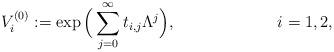
LaTeX: \begin{align*}V_i^{(0)}&:=\exp\Big(\sum_{j=0}^\infty t_{i,j}\Lambda^j\Big), & i&=1,2,\end{align*}